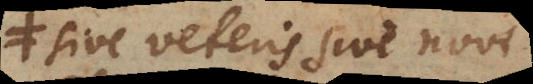
sive veteris non nisi